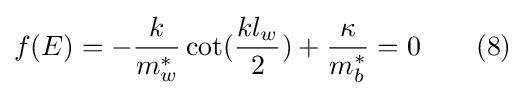
f(E)=-{\frac {k}{m_{w}^{*}}}\cot({\frac {kl_{w}}{2}})+{\frac {\kappa }{m_{b}^{*}}}=0\quad \quad (8)